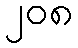
၂၀၈